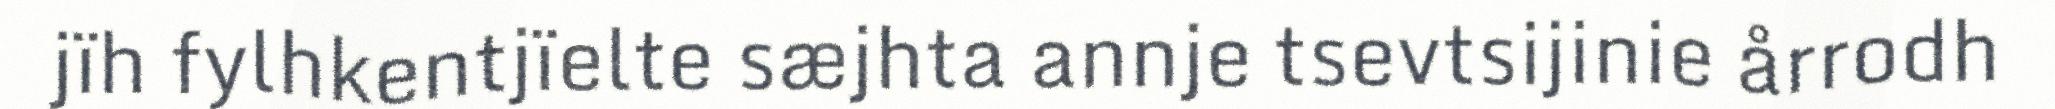
jïh fylhkentjïelte sæjhta annje tsevtsijinie årrodh